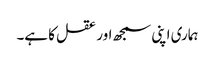
ہماری اپنی سمجھ اور عقل کا ہے۔